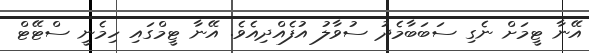
އޭނާ ޓީމަށް ނެގި ސަބަބާމެދު ސުވާލު އުފެއްދިއެވެ. އޭނާ ޓީމްގައި ހިމެނީ ސްޓޭޓް